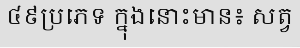
៤៩ប្រភេទ ក្នុងនោះមាន៖ សត្វ